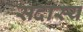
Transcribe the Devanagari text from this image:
सदास्य